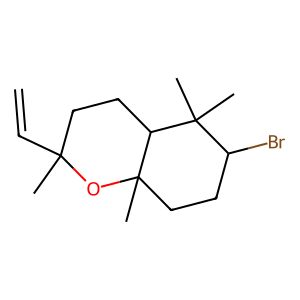
SMILES: C=CC1(C)CCC2C(C)(CCC(Br)C2(C)C)O1
Inhibits HIV replication: No